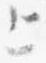
上